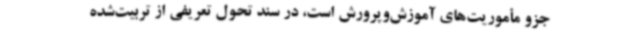
جزو مأموریت‌های آموزش‌وپرورش است، در سند تحول تعریفی از تربیت‌شده